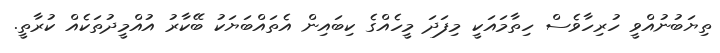
ތިޔަބުނުއްވީ ހުރިހާވެސް ހިތާމައަކީ މިފަދަ މީހެއްގެ ކިބައިން އެތައްބަޔަކު ބޭކާރު އުއްމީދުތަކެއް ކުރާތީ.